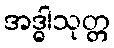
အဒ္ဓါသုတ္တ